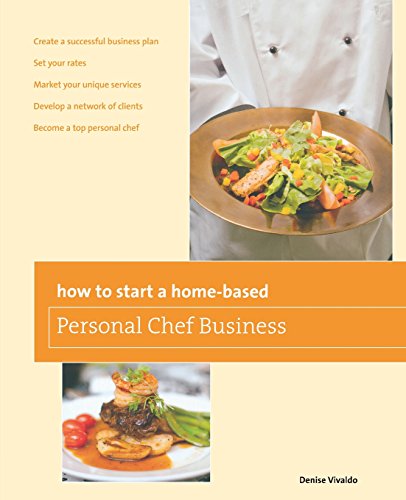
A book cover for How to Start a Home-based Personal Chef Business (Home-Based Business Series); Denise Vivaldo; Cookbooks, Food & Wine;